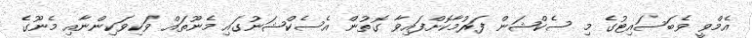
އެމްވީ ވެބަސައިޓުގެ މި ސެކްޝަން ފަރުމާކޮށްފައިވާ ގޮތުން އެސެކްޝަނުގައި މެނޫތައް ވަކިވަކިންނާއި މެނޫގެ